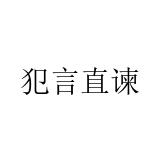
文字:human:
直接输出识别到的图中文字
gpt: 犯言直谏